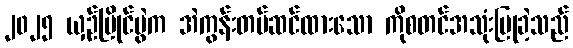
၂၀၂၅ ယှဉ်ပြိုင်ပွဲက အဲကွန်းတပ်ဆင်ထားသော ကိုစတင်အသုံးပြုခဲ့သည်